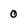
Character: 0